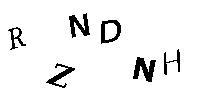
RZNDNH